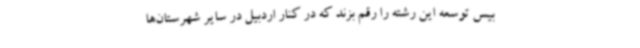
بیس توسعه این رشته را رقم بزند که در کنار اردبیل در سایر شهرستان‌ها